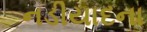
નડીયાદના